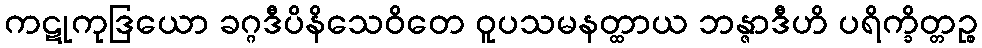
ကဋုကုဒြယော ခဂ္ဂဒီပိနိသေဝိတေ ဝူပသမနတ္ထာယ ဘန္ဇာဒီဟိ ပရိက္ခိတ္တဉ္စ